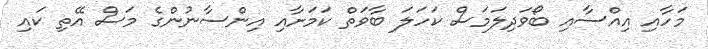
މަހާއި އިއްސާއި ބޯވަދިލަމަސް ކަހަލަ ބާވަތް ކަމަށާއި އިންސާނުންގެ މަސް އޭތި ކައި